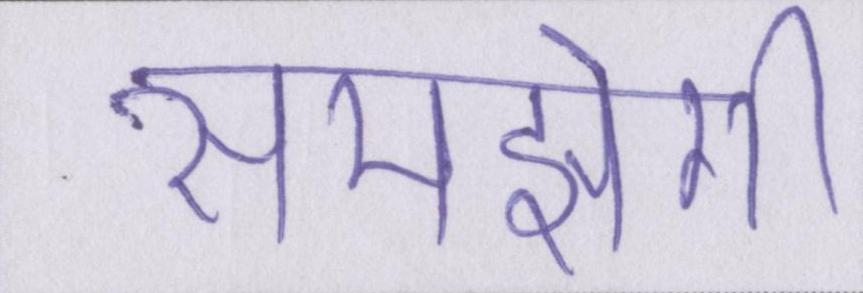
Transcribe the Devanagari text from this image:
समझेगी